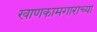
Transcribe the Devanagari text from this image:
खाणकामगाराच्या